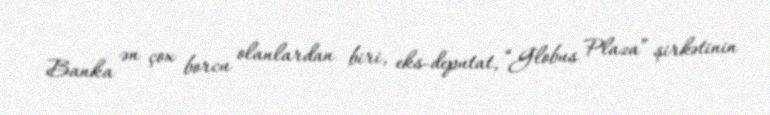
Banka ən çox borcu olanlardan biri, eks-deputat, “Globus Plaza” şirkətinin